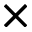
\times